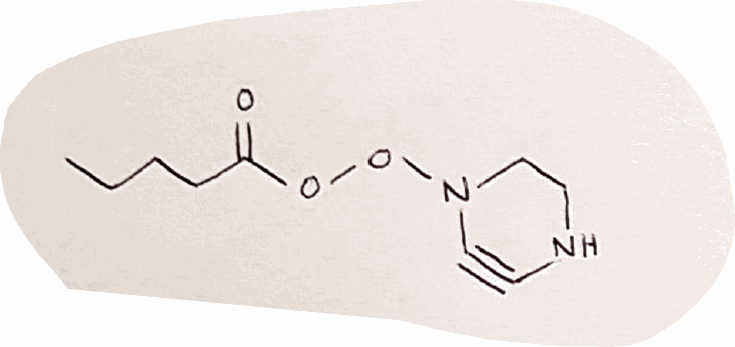
Simplified molecular-input line-entry system (SMILES) notation of the given molecule:
CCCCC(=O)OON1CCNC#C1